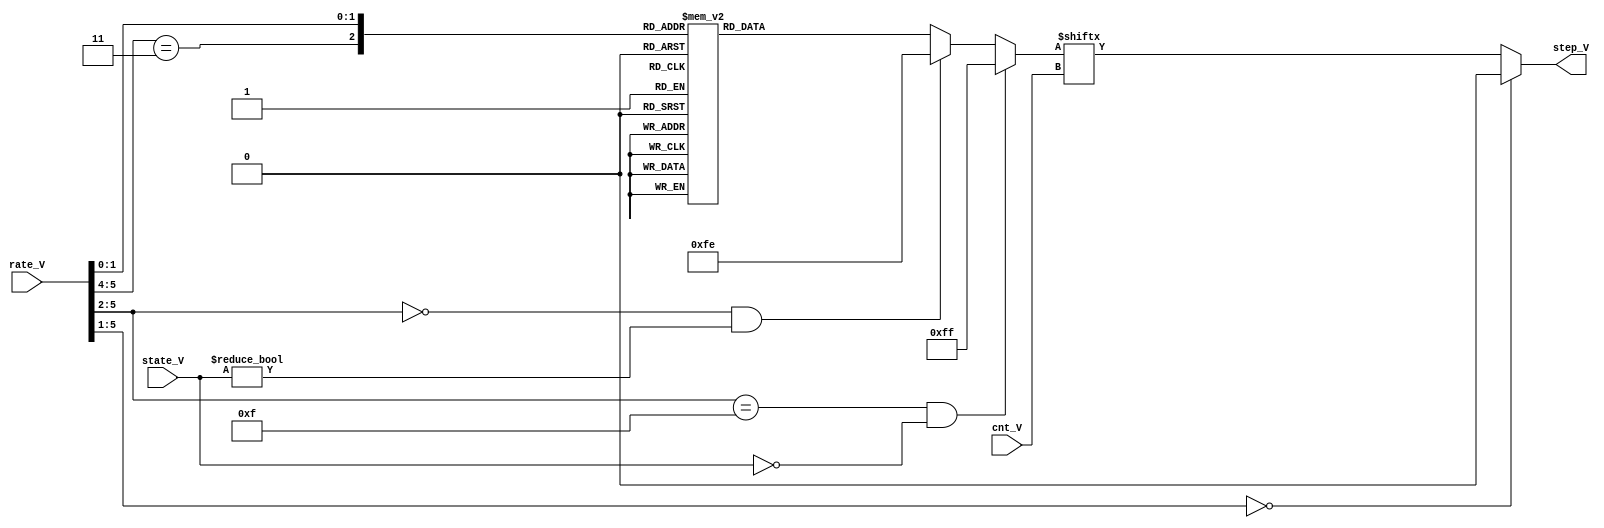
module eg_step_ram(
	input [2:0] state_V,
	input [5:0] rate_V,
	input [2:0] cnt_V,
	output reg step_V
);

localparam ATTACK=3'd0, DECAY1=3'd1, DECAY2=3'd2, RELEASE=3'd7, HOLD=3'd3;
reg [7:0] step_idx;
reg [7:0] step_ram;

always @(*)
	case( { rate_V[5:4]==2'b11, rate_V[1:0]} )
		3'd0: step_ram = 8'b00000000;
		3'd1: step_ram = 8'b10001000; // 2
		3'd2: step_ram = 8'b10101010; // 4
		3'd3: step_ram = 8'b11101110; // 6
		3'd4: step_ram = 8'b10101010; // 4
		3'd5: step_ram = 8'b11101010; // 5
		3'd6: step_ram = 8'b11101110; // 6
		3'd7: step_ram = 8'b11111110; // 7
	endcase

always @(*) begin : rate_step
	if( rate_V[5:2]==4'hf && state_V == ATTACK)
		step_idx = 8'b11111111; // Maximum attack speed, rates 60&61
	else
	if( rate_V[5:2]==4'd0 && state_V != ATTACK)
		step_idx = 8'b11111110; // limit slowest decay rate_IV
	else
		step_idx = step_ram;
	// a rate_IV of zero keeps the level still
	step_V = rate_V[5:1]==5'd0 ? 1'b0 : step_idx[ cnt_V ];
end

endmodule